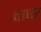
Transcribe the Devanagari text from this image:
वाघ्स